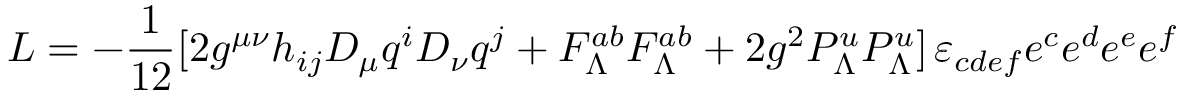
{ \cal L } = - { \frac { 1 } { 1 2 } } [ 2 g ^ { \mu \nu } h _ { i j } { \cal D } _ { \mu } q ^ { i } { \cal D } _ { \nu } q ^ { j } + F _ { \Lambda } ^ { a b } F _ { \Lambda } ^ { a b } + 2 g ^ { 2 } { \cal P } _ { \Lambda } ^ { u } { \cal P } _ { \Lambda } ^ { u } ] \, \varepsilon _ { c d e f } e ^ { c } e ^ { d } e ^ { e } e ^ { f }